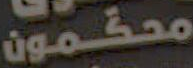
محكمون